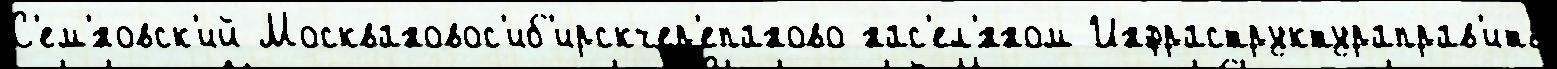
С'ем'́новск'ий Москвановос'иб'ирскчер'епаново нас'ел'́нном Инфраструктураправ'ить